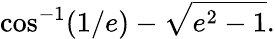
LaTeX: \cos^{-1}(1/e)-{\sqrt{e^{2}-1}}.